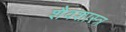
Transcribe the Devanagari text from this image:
शैवशास्त्र